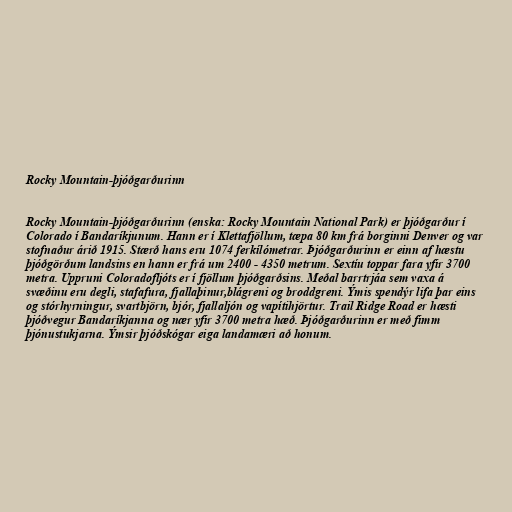
Rocky Mountain-þjóðgarðurinn

Rocky Mountain-þjóðgarðurinn (enska: Rocky Mountain National Park) er þjóðgarður í
Colorado í Bandaríkjunum. Hann er í Klettafjöllum, tæpa 80 km frá borginni Denver og var
stofnaður árið 1915. Stærð hans eru 1074 ferkílómetrar. Þjóðgarðurinn er einn af hæstu
þjóðgörðum landsins en hann er frá um 2400 - 4350 metrum. Sextíu toppar fara yfir 3700
metra. Uppruni Coloradofljóts er í fjöllum þjóðgarðsins. Meðal barrtrjáa sem vaxa á
svæðinu eru degli, stafafura, fjallaþinur,blágreni og broddgreni. Ýmis spendýr lifa þar eins
og stórhyrningur, svartbjörn, bjór, fjallaljón og vapítihjörtur. Trail Ridge Road er hæsti
þjóðvegur Bandaríkjanna og nær yfir 3700 metra hæð. Þjóðgarðurinn er með fimm
þjónustukjarna. Ýmsir þjóðskógar eiga landamæri að honum.